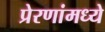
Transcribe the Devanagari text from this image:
प्रेरणांमध्ये